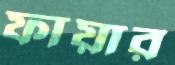
ফায়ার